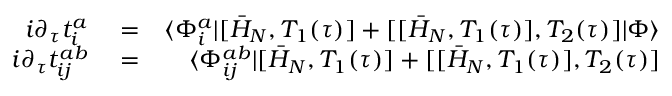
\begin{array} { r l r } { i \partial _ { \tau } t _ { i } ^ { a } } & { { } = } & { \langle \Phi _ { i } ^ { a } | [ \bar { H } _ { N } , T _ { 1 } ( \tau ) ] + [ [ \bar { H } _ { N } , T _ { 1 } ( \tau ) ] , T _ { 2 } ( \tau ) ] | \Phi \rangle } \\ { i \partial _ { \tau } t _ { i j } ^ { a b } } & { { } = } & { \langle \Phi _ { i j } ^ { a b } | [ \bar { H } _ { N } , T _ { 1 } ( \tau ) ] + [ [ \bar { H } _ { N } , T _ { 1 } ( \tau ) ] , T _ { 2 } ( \tau ) ] } \end{array}